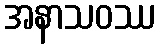
အနာသဝဿ